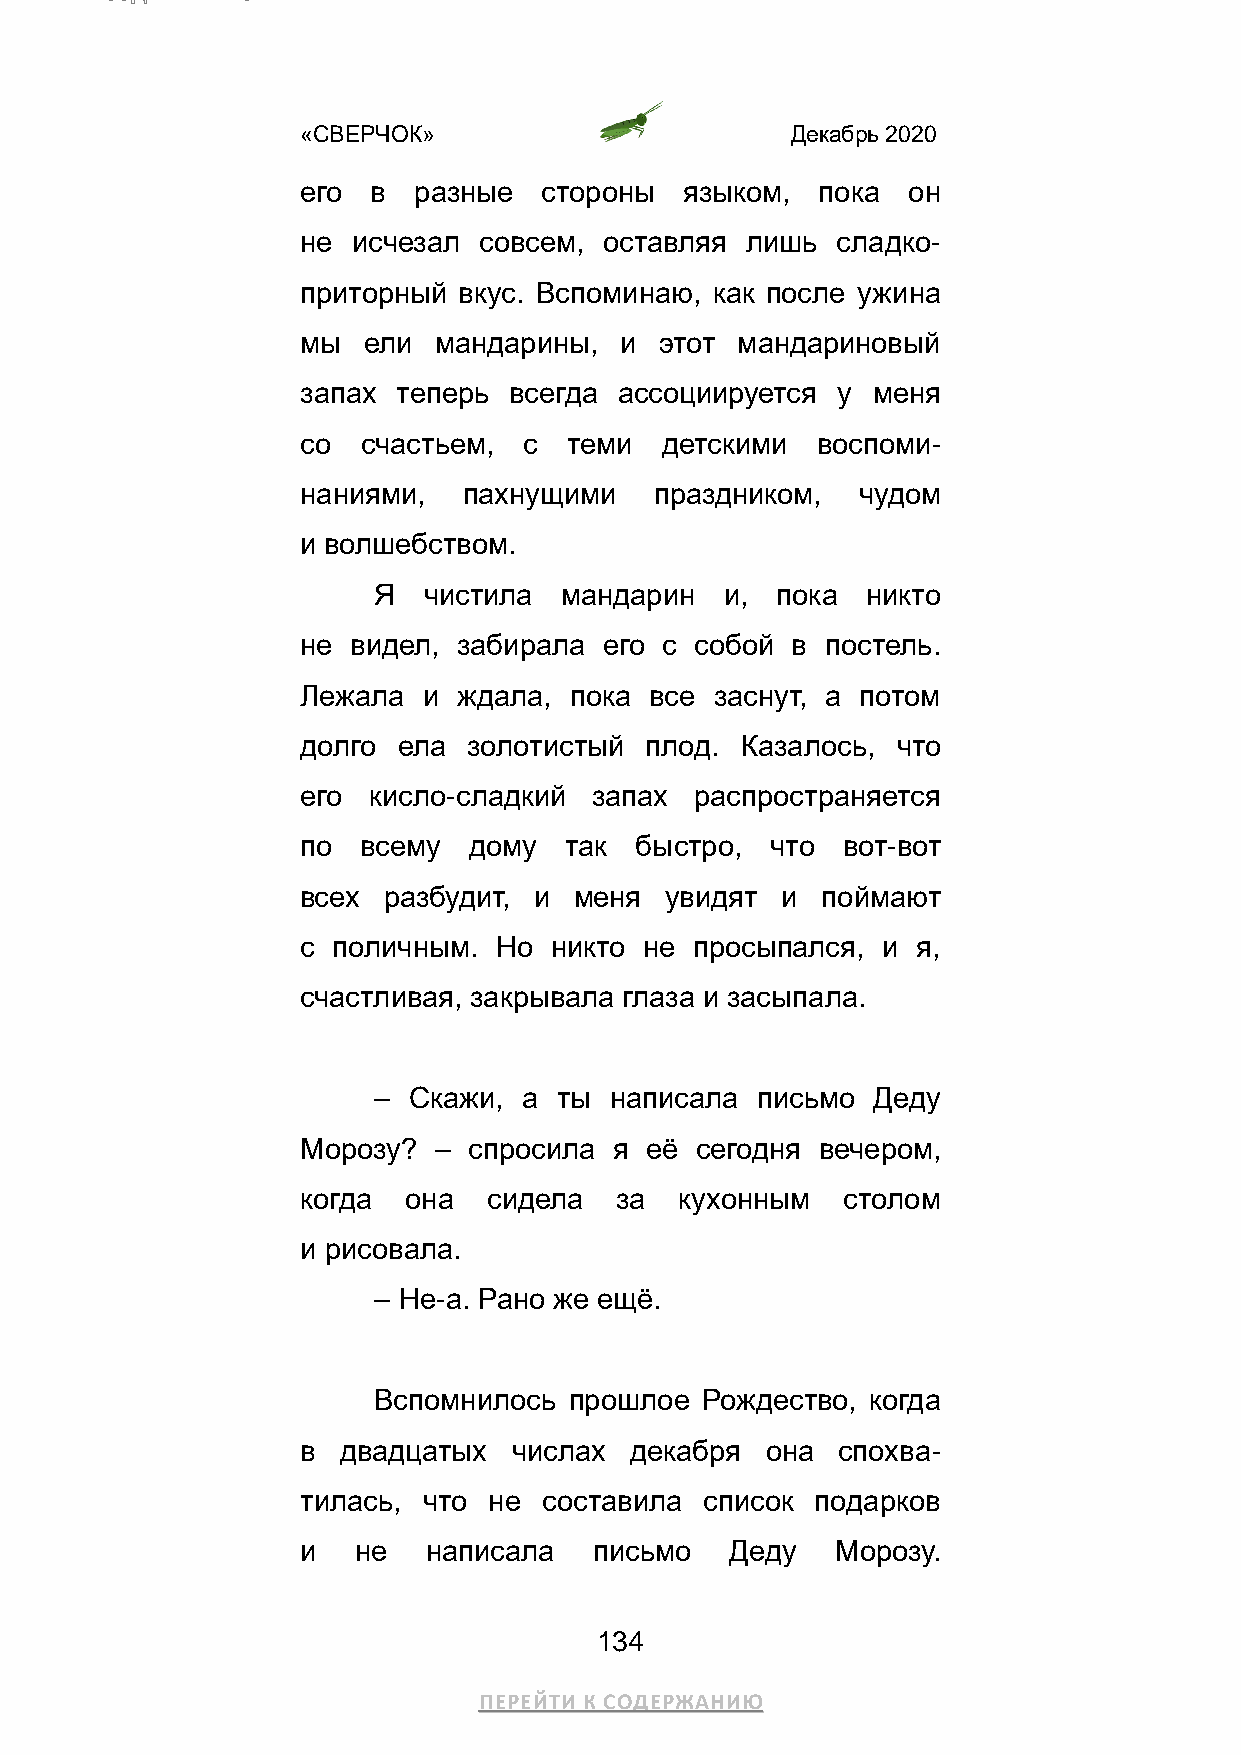
«СВЕРЧОК»                       Декабрь 2020
 его  в разные   стороны  языком,  пока  он
 не исчезал  совсем, оставляя лишь  сладко-
 приторный вкус. Вспоминаю, как после ужина
 мы  ели  мандарины,  и  этот мандариновый
 запах теперь  всегда ассоциируется у  меня
 со  счастьем,  с  теми  детскими  воспоми-
 наниями,   пахнущими   праздником,   чудом
 и волшебством.
 Я  чистила  мандарин   и, пока  никто
 не видел, забирала  его с собой в  постель.
 Лежала  и ждала,  пока все заснут, а потом
 долго ела  золотистый  плод. Казалось, что
 его кисло-сладкий  запах  распространяется
 по  всему  дому  так  быстро,  что  вот-вот
 всех разбудит, и  меня  увидят  и поймают
 с поличным.  Но никто  не просыпался, и  я,
 счастливая, закрывала глаза и засыпала.
 – Скажи,  а ты написала  письмо  Деду
 Морозу?  – спросила  я её сегодня вечером,
 когда  она  сидела   за  кухонным   столом
 и рисовала.
 – Не-а. Рано же ещё.
 Вспомнилось  прошлое Рождество, когда
 в  двадцатых  числах  декабря  она спохва-
 тилась, что не  составила  список подарков
 и  не   написала   письмо   Деду   Морозу.
 134
 ПЕРЕЙТИ К СОДЕРЖАНИЮ